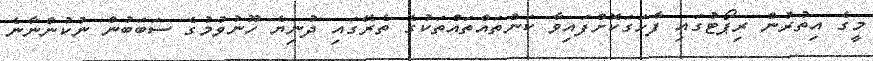
މީގެ އިތުރުން ރިޕޯޓުގައި ފާހަގަކޮށްފައިވާ ކަންތައްތައްތަކުގެ ތެރޭގައި ދުނިޔެ ހޫނުވުމުގެ ސަބަބުން ނުކުންނާނެ